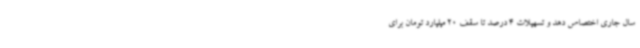
سال جاری اختصاص دهد و تسهیلات 4 درصد تا سقف 20 میلیارد تومان برای